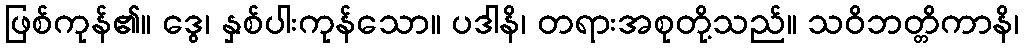
ဖြစ်ကုန်၏။ ဒွေ၊ နှစ်ပါးကုန်သော။ ပဒါနိ၊ တရားအစုတို့သည်။ သဝိဘတ္တိကာနိ၊